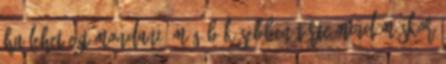
ha lehet ezt mondani, még békésebben tûrte mind máskor